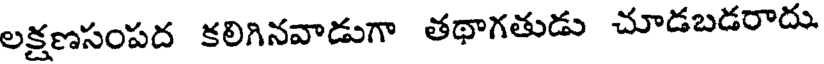
లక్షణసంపద కలిగినవాడుగా తథాగతుడు చూడబడరాదు